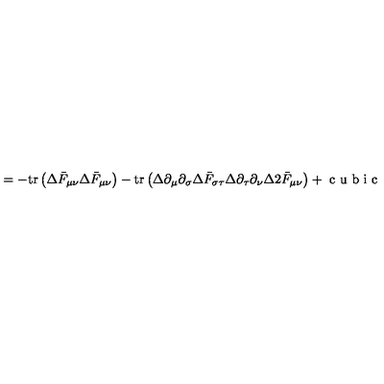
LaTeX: = - \mathrm { t r } \left( \Delta \bar { F } _ { \mu \nu } \Delta \bar { F } _ { \mu \nu } \right) - \mathrm { t r } \left( \Delta \partial _ { \mu } \partial _ { \sigma } \Delta \bar { F } _ { \sigma \tau } \Delta \partial _ { \tau } \partial _ { \nu } \Delta 2 \bar { F } _ { \mu \nu } \right) + \textrm { c u b i c }